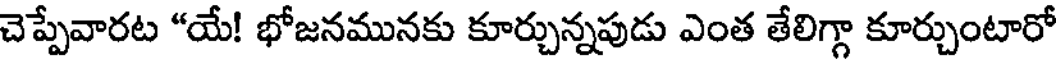
చెప్పేవారట "యే! భోజనమునకు కూర్చున్నపుడు ఎంత తేలిగ్గా కూర్చుంటారో